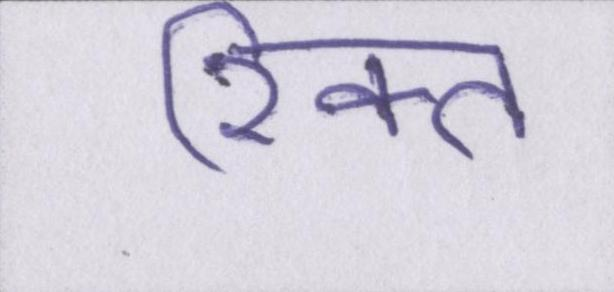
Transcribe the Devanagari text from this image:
रिक्त